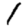
Digit: 1